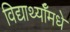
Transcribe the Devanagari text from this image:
विद्यार्थ्याँमधे